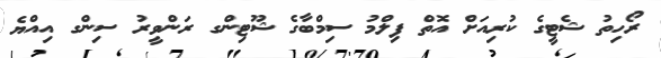
ރޯހިތު ޝެޓީގެ ކުރިއަށް އޮތް ފިލްމު ސިމްބާގެ ޝޫޓިންގ ރަންވީރު ސިންގ އިއްޔެ